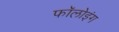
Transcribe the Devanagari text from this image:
फॉलोइंग